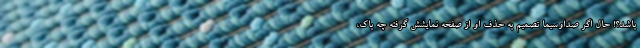
باشد؟! حال اگر صداوسیما تصمیم به حذف او از صفحه نمایشش گرفته چه باک،